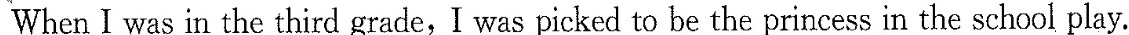
When I was in the third grade, I was picked to be the princess in the school play.